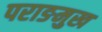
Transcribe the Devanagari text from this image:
पराङमुख